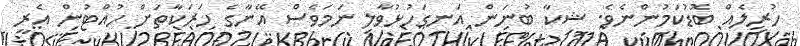
ހުރިލެއް ބޮޑުކަމުންނެވެ. ޝިކާ ބުނަން އަނގަހުޅުވާލި ނަމަވެސް އޭނާގެ ހަރަކާތަށް ހުއްޓުން އެރީ